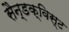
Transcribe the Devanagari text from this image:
सैन्डक्विस्ट